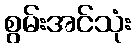
စွမ်းအင်သုံး